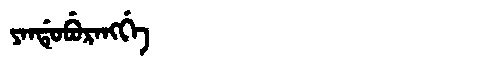
Manchu: ᠶᠠᠨᡩᡠᠪᡠᡵᠠᠩᡤᡝ
Romanization: YANDUBURANGGE